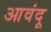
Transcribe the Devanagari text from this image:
आवंदू